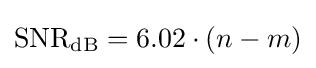
\mathrm {SNR_{dB}} =6.02\cdot (n-m)